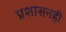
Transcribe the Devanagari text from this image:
प्रशासनही